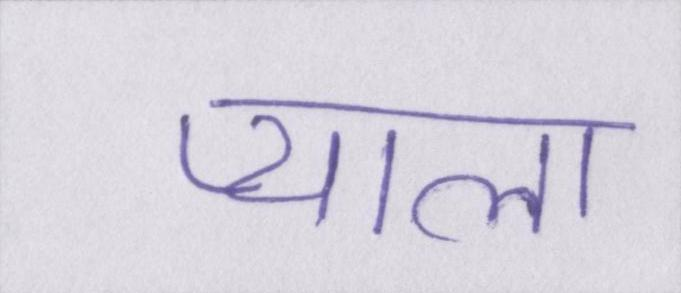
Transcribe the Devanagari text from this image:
प्याला